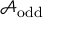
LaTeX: { \mathcal { A } } _ { \mathrm { o d d } }